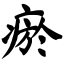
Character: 瘀